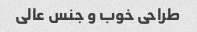
طراحی خوب و جنس عالی